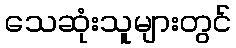
သေဆုံးသူများတွင်